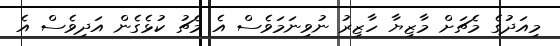
މިއަދުގެ މެޗަށް މާޒިޔާ ހާޒިރު ނުވިނަމަވެސް އެ މެޗު ކުޅެގެން އަދިވެސް އެ